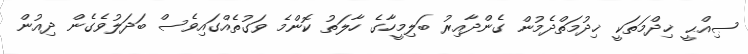
ޞިއްޙީ ޚިދްމަތަކީ ޚިދުމަތްދެމުން ގެންދާއިރު ބަލިމީހާގެ ހާލަތު ކޮންމެ ވަގުތެއްގައިވެސް ބަދަލުވެގެން ދިއުން